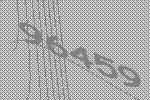
96459